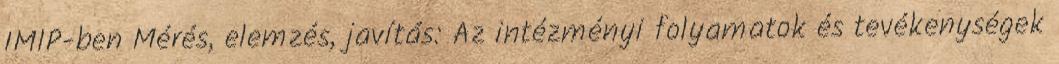
IMIP-ben Mérés, elemzés, javítás: Az intézményi folyamatok és tevékenységek